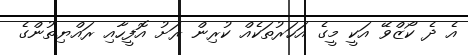
އެ ދެ ކޯޒްވޭ އަކީ މީގެ އަހަރުތަކެއް ކުރިން ރަށު އޮފީހާއި ރައްޔިތުންގެ